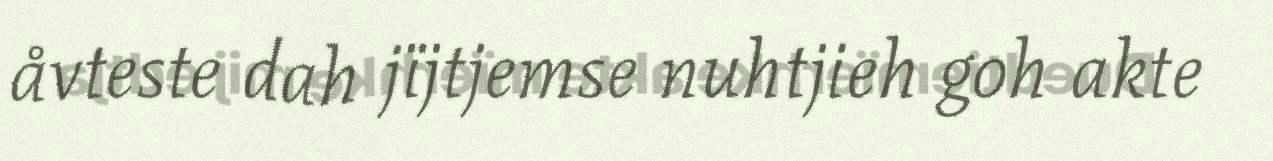
åvteste dah jïjtjemse nuhtjieh goh akte